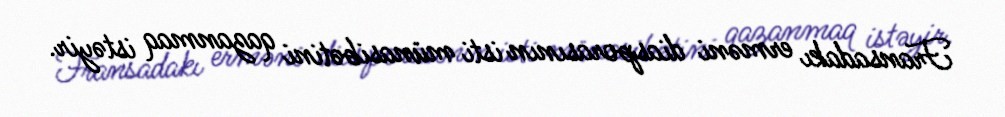
Fransadakı erməni diasporasının isti münasibətini qazanmaq istəyir.